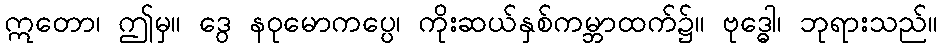
ဣတော၊ ဤမှ။ ဒွေ နဝုမောကပ္ပေ၊ ကိုးဆယ်နှစ်ကမ္ဘာထက်၌။ ဗုဒ္ဓေါ၊ ဘုရားသည်။